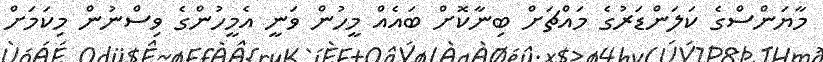
މާޔަންސްގެ ކަލަންޑަރުގެ މައްޗަށް ބިނާކޮށް ބައެއް މީހުން ވަނީ އެމީހުންގެ ވިސްނުން މިކަމަށް